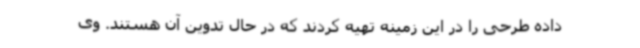
داده طرحی را در این زمینه تهیه کردند که در حال تدوین آن هستند. وی